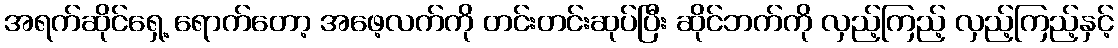
အရက်ဆိုင်ရှေ့ ရောက်တော့ အဖေ့လက်ကို တင်းတင်းဆုပ်ပြီး ဆိုင်ဘက်ကို လှည့်ကြည့် လှည့်ကြည့်နှင့်